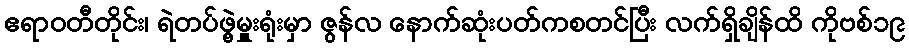
ဧရာဝတီတိုင်း၊ ရဲတပ်ဖွဲ့မှူးရုံးမှာ ဇွန်လ နောက်ဆုံးပတ်ကစတင်ပြီး လက်ရှိချိန်ထိ ကိုဗစ်၁၉